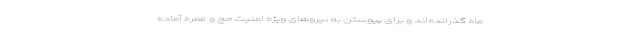
ماه گذرانده‌اند و برای پیوستن به نیروهای ویژه امنیت حج و عمره آماده